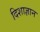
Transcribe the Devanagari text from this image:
दिशाज्ञान